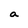
Character: a